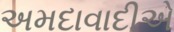
અમદાવાદીએ